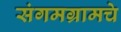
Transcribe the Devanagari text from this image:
संगमग्रामचे